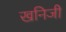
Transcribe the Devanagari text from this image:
खनिजी